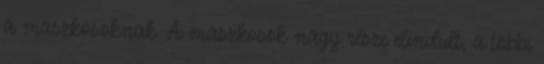
a maszkosoknak. A maszkosok nagy része elindult, a többi